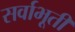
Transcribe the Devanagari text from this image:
सर्वाभूतीं